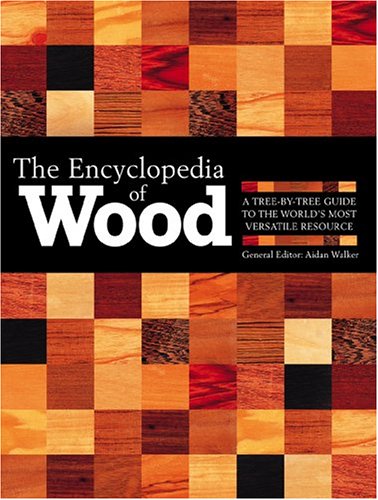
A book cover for The Encyclopedia of Wood, New Edition: A Tree by Tree Guide to the World's Most Versatile Resource; Reference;